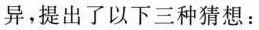
异，提出了以下三种猜想：